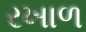
રખાળ